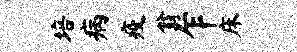
培病疫翁乍床